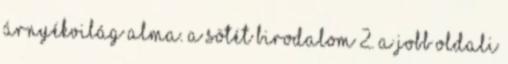
árnyékvilág Alma. A sötét birodalom 2. A jobb oldali